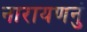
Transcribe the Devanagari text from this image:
नारायणनुं